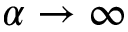
\alpha \rightarrow \infty